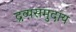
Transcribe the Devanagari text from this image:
द्रव्यसमुदाय